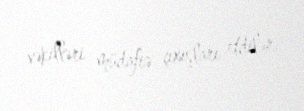
vəkilləri müdafiə çıxışları etdilər.